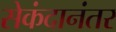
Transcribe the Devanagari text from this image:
सेकंदानंतर